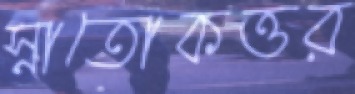
স্নাতোকত্তর